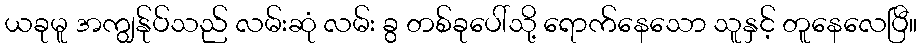
ယခုမူ အကျွန်ုပ်သည် လမ်းဆုံ လမ်း ခွ တစ်ခုပေါ်သို့ ရောက်နေသော သူနှင့် တူနေလေပြီ။